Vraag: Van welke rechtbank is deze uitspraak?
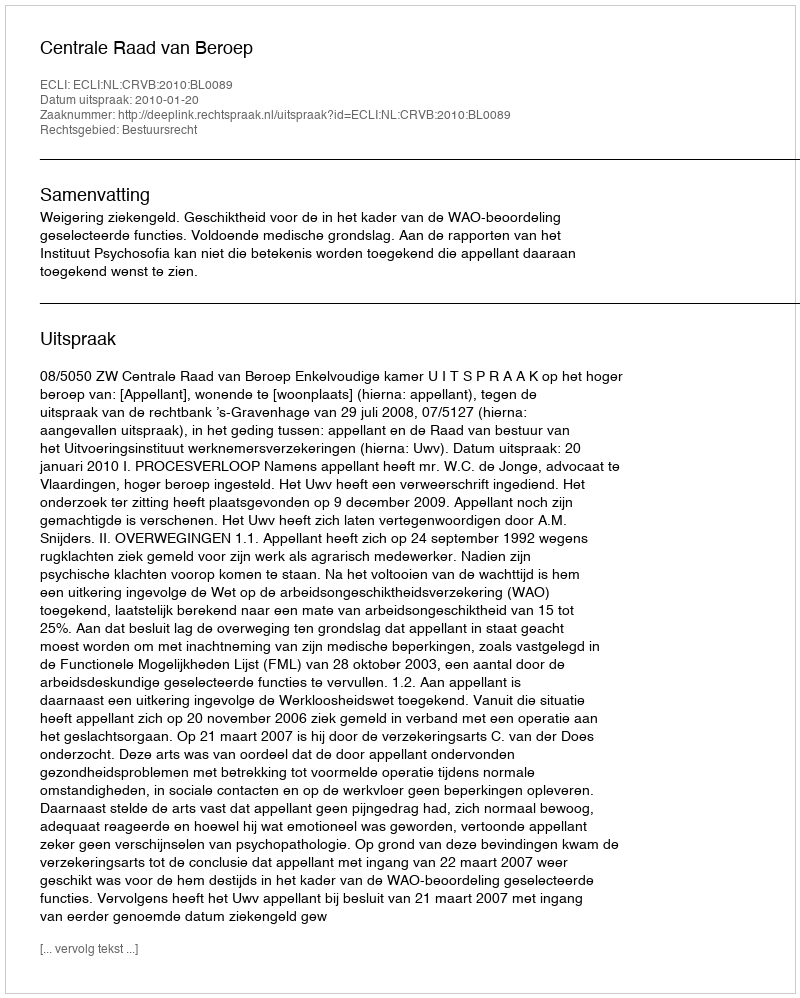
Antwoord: Centrale Raad van Beroep